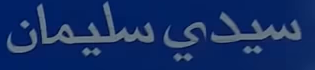
سيدى سليمان